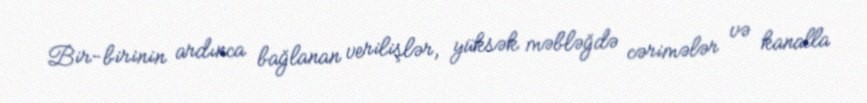
Bir-birinin ardınca bağlanan verilişlər, yüksək məbləğdə cərimələr və kanalla